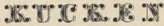
KUCKEN